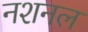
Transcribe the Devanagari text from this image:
नशनल